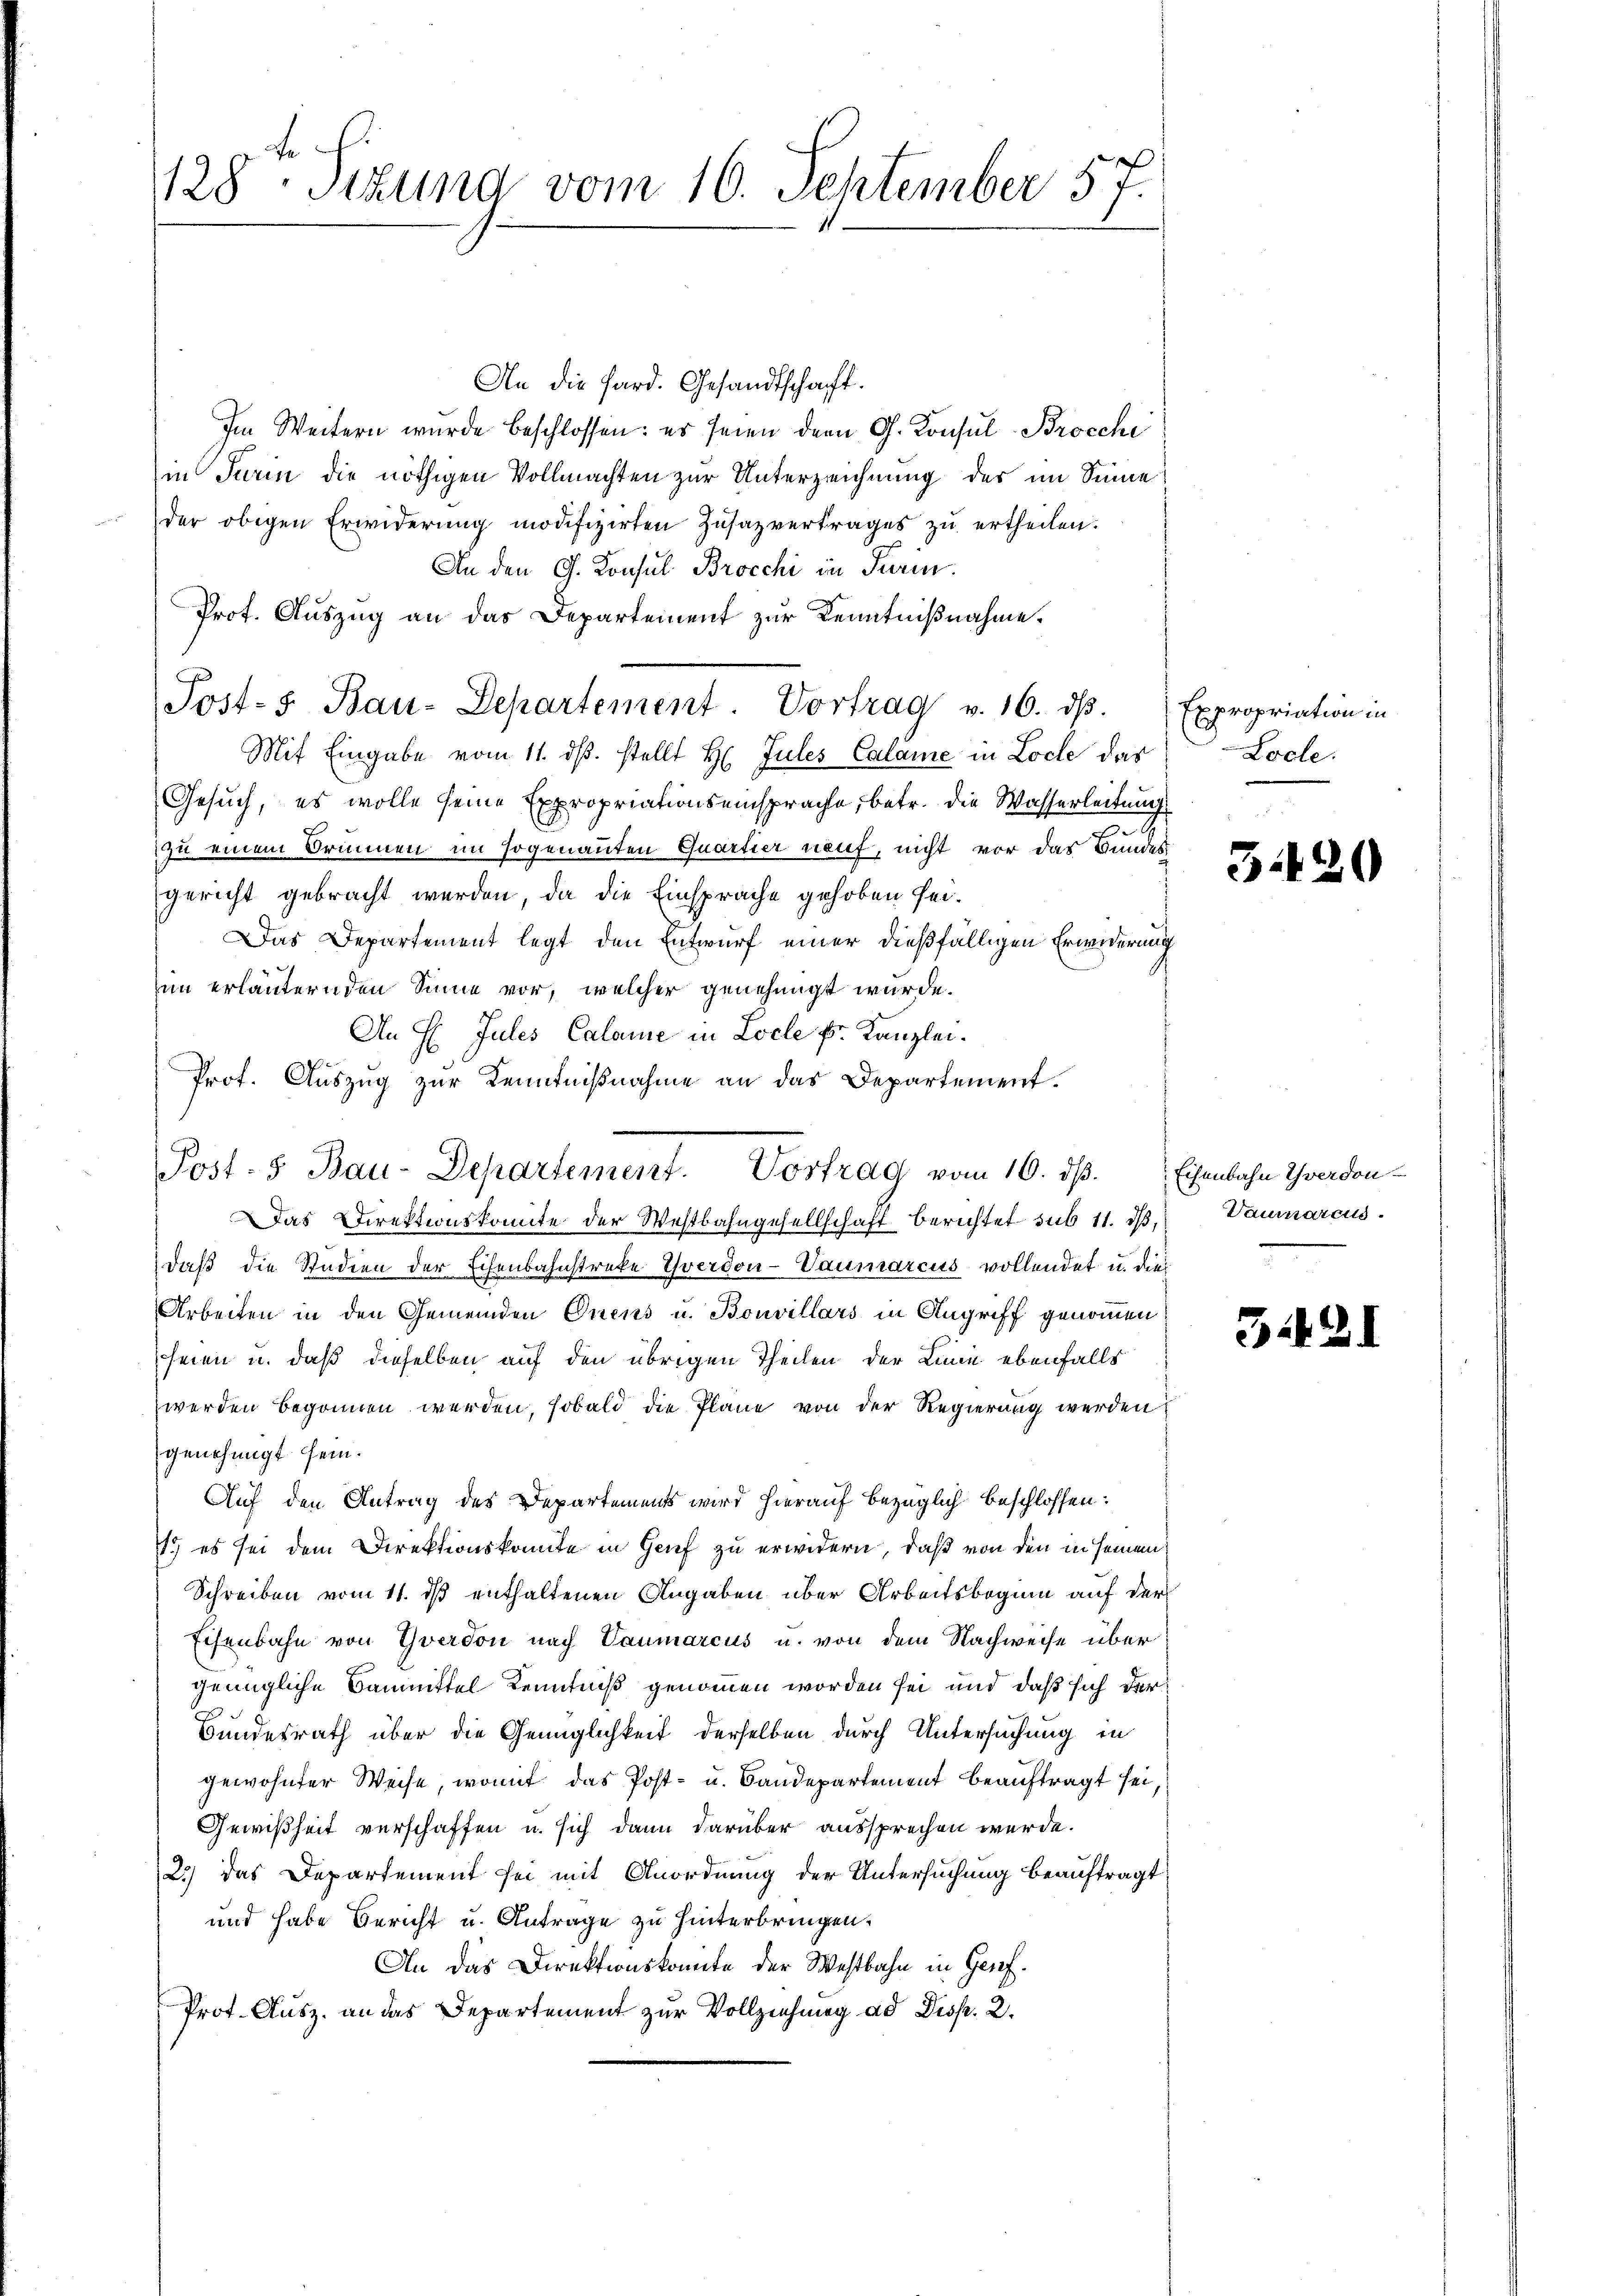
128- Sizund vom 10. September 57.

An die Hard. Gesandtschaft.
Im Weitern wurde beschlossen: es seien der G. Konsul Brocchi
in Turin die nöthigen Vollmachten zur Unterzeichnung des im Sinne
der obigen Erwiderung modifizirten Zusazvertrages zu ertheilen.
An den G. Konsul Brocchi in Turin.
Prot. Auszug an das Departement zur Kenntnißnahme.
Mit Eingabe vom 11. dβ. stellt Hr. Jules Calame in Loche das
Gesuch, es wolle seine Expropriationseinsprache, betr. die Wasserleitung
zu einem Brunnen im sogenanten Quartier auf, nicht vor das Bundes
gericht gebracht werden, da die Einsprache gehoben sei¬
Das Departement legt den Entwurf einer dießfälligen Erwiderung
im erläuternden Sinne vor, welcher genehmigt wurde.
An H. Jules Calame in Loche Fr. Kanzlei.
Prof. Auszug zur Kenntniβnahme an das Departement.
Das Direktionskomite der Westbahngesellschaft berichtet sub 11. i,
daß die Studien der Eisenbahnstreke Yverdon-Vaumarcus vollendet u. dies
Arbeiten in den Gemeinden Gnens u. Bouvillars in Angriff genommen,
heien u. daß dieselben auf den übrigen Theilen der Linie ebenfalls
werden begonnen werden, sobald die Pläne von der Regierung werden
genehmigt sein.
Auf den Antrag des Departements wird hierauf bezüglich beschlossen:
1. es sei dem Direktionskonnte in Genf zu erwidern, daß von den in seinem
Schreiben vom 11. ds enthaltenen Angaben über Arbeitsbeginn auf der
Eisenbahn von Yverdon nach Vaumarcus u. von dem Nachweise über
genügliche Baummittel Kenntniß genommen worden sei und daß sich der¬
Bundesrath über die Genüglichkeit derselben durch Untersuchung in
gewohnter Weise, womit das Post- u. Baudepartement beauftragt sei,
Gewißheit verschaffen u. sich dann darüber aussprechen werde.
2.) Das Departement sei mit Anordnung der Untersuchung beauftragt
und habe Bericht u. Antrage zu hinterbringen.
An das Direktionskomite der Westbahn in Genf.
Prot. Ausz. an das Departement zur Vollziehung ad Disp. 2.

Post- Bau-Departement Vortrag v. 16. dβ. Expropriation in

Post- 5 Bau-Departement. Vortrag vom 16. dβ. Eisenbahn Yverdon-

Loole.

3420

Dauiarens.

342

.